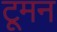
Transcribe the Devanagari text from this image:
टूमन